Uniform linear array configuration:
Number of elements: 12
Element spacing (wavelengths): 0.75
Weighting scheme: hamming
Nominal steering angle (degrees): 60
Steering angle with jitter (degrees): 60.218
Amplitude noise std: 0.05
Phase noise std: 0.05

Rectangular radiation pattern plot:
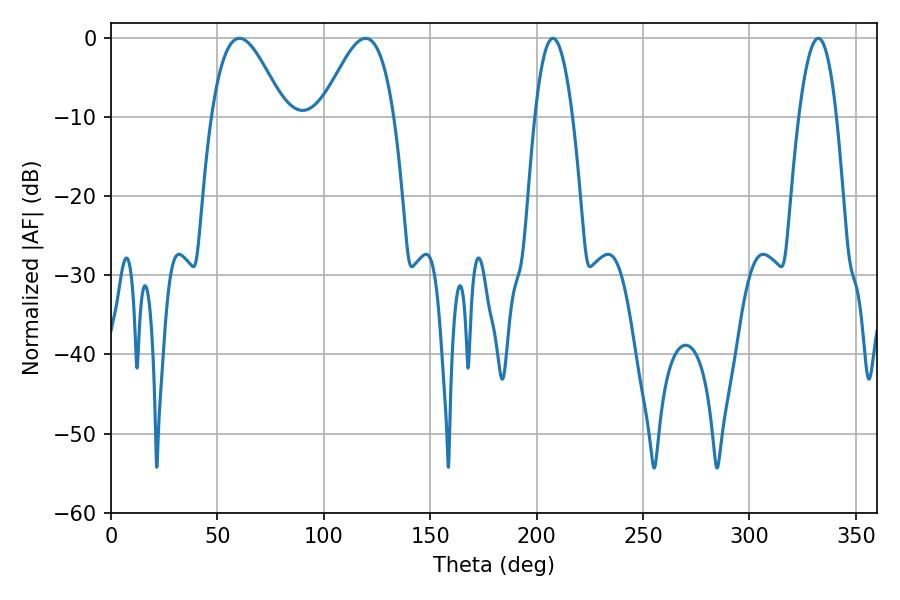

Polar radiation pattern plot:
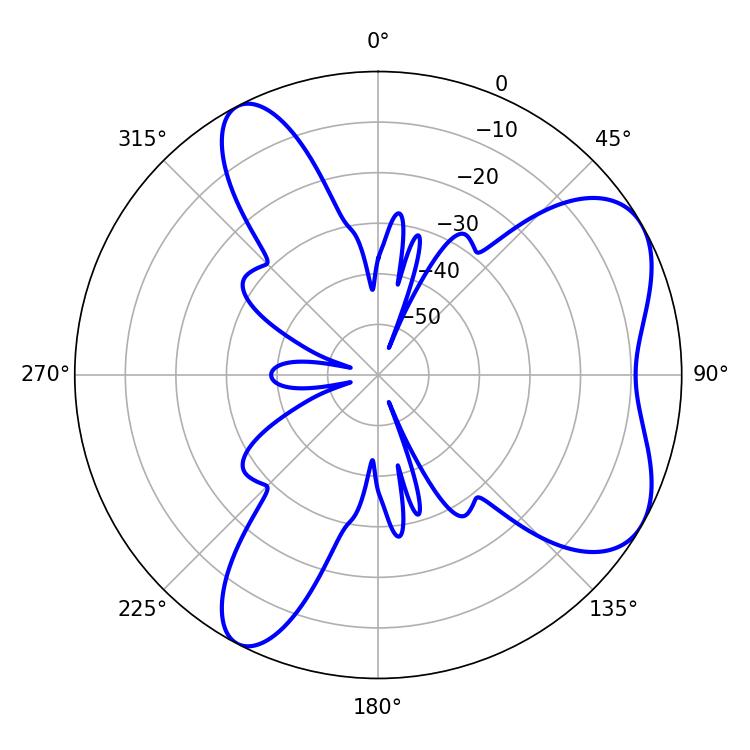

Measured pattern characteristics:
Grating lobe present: TRUE
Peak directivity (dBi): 6.221
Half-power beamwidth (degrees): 18.36
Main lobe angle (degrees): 60.3